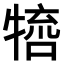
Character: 𤚵